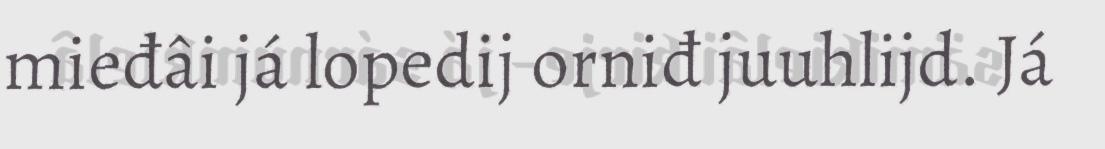
mieđâi já lopedij orniđ juuhlijd. Já